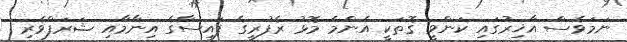
ނަމަވެސް އާޚިރުގައި ކަންވީ ގޮތަކީ އެންމެ މޮޅު ރެފުރީގެ ފައިސާގެ އިނާމާއި ޝަރަފްވެރި